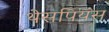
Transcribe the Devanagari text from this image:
थेसपियंस